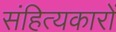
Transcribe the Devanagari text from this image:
संहित्यकारों